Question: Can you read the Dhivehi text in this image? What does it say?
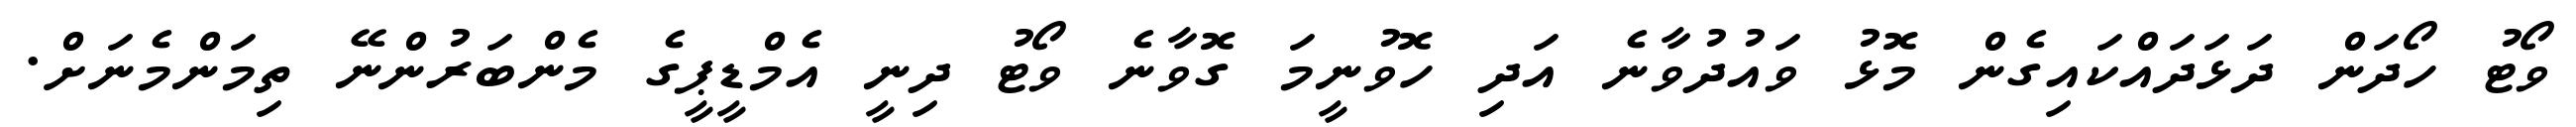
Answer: ވޯޓު ހޯދަން ދަޅަދައްކައިގެން މޮޅު ވައުދުވާނެ އަދި ހޮވުނީމަ ގޮވާނެ ވޯޓު ދިނީ އެމްޑީޕީގެ މެންބަރުންނޭ ތިމަންމެނަށް.